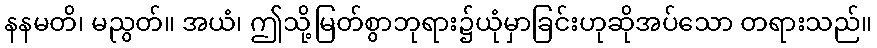
နနမတိ၊ မညွတ်။ အယံ၊ ဤသို့မြတ်စွာဘုရား၌ယုံမှာခြင်းဟုဆိုအပ်သော တရားသည်။